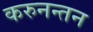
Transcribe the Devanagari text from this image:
करुनन्तन